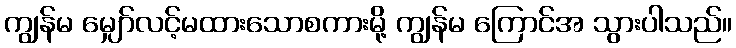
ကျွန်မ မျှော်လင့်မထားသောစကားမို့ ကျွန်မ ကြောင်အ သွားပါသည်။